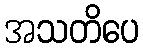
အသတိပေ